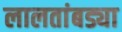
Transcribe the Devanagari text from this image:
लालतांबड्या